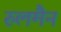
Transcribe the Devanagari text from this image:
रुलमैन